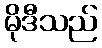
မိုဒီသည်